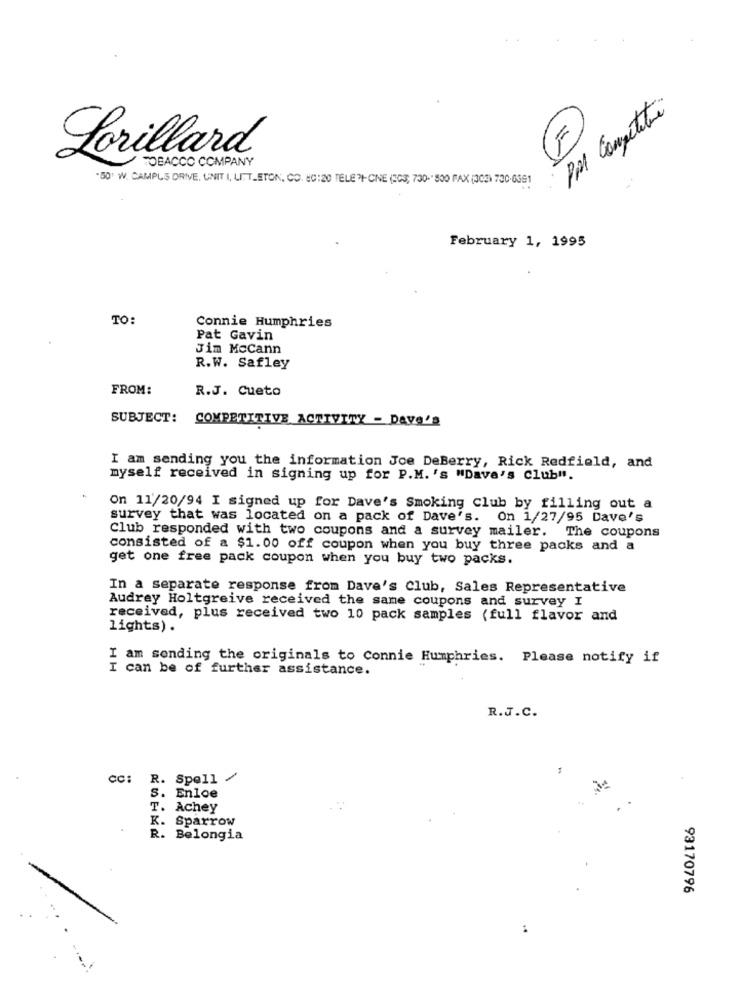
PM Competitive
Lorillard
TOBACCO COMPANY
"50' W. CAMPUS DRIVE. UNIT I, LITT_STON, CO. (C:20 TELEPI-CINE (203, 730-" 500 FAX (303) 730-6391
February 1, 1995
TO:
Connie Humphries
Pat Gavin
Jim Mccann
R.W. Safley
FROM:
R.J. Cueto
SUBJECT: COMPETITIVE ACTIVITY - Dave's
I am sending you the information Joe DeBerry, Rick Redfield, and
myself received in signing up for P.M. 's "Dave's Club".
On 11/20/94 I signed up for Dave's Smoking Club by filling out a
survey that was located on a pack of Dave's. On 1/27/95 Dave's
Club responded with two coupons and a survey mailer.
The coupons
consisted of a $1.00 off coupon when you buy three packs and a
get one free pack coupon when you buy two packs.
In a separate response from Dave's Club, Sales Representative
Audrey Holtgreive received the same coupons and survey I
received, plus received two 10 pack samples (full flavor and
lights).
I am sending the originals to Connie Humphries. Please notify if
I can be of further assistance.
R.J.C.
CC: R. Spell /
s. Enloe
T. Achey
K. Sparrow
R. Belongia
93170796